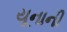
યૂનાની